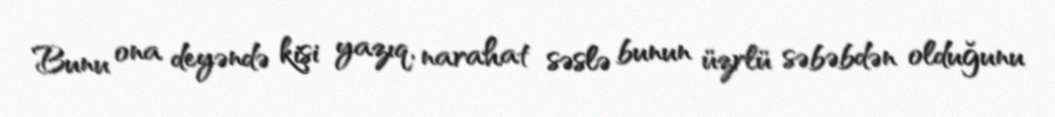
Bunu ona deyəndə kişi yazıq, narahat səslə bunun üzrlü səbəbdən olduğunu